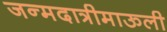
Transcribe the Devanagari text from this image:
जन्मदात्रीमाऊली